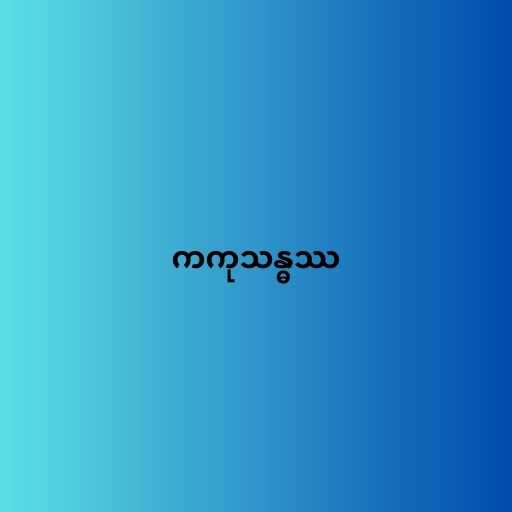
ကကုသန္ဓဿ